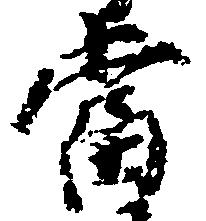
当